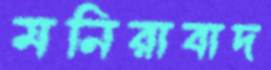
মনিরাবাদ